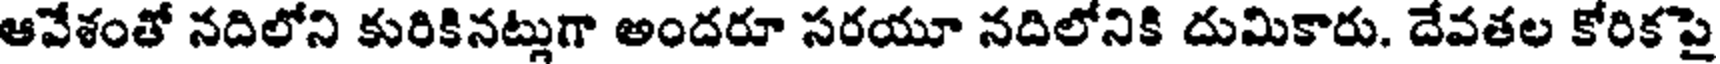
ఆవేశంతో నదిలోని కురికినట్లుగా అందరూ సరయూ నదిలోనికి దుమికారు. దేవతల కోరికపై